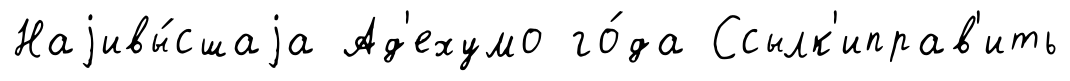
Наjивы́сшаjа Ад'ехумо го́да Ссылк'иправ'ить